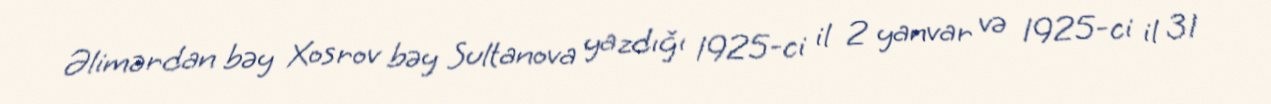
Əlimərdan bəy Xosrov bəy Sultanova yazdığı 1925-ci il 2 yanvar və 1925-ci il 31